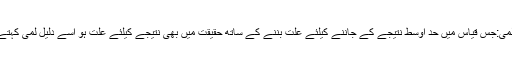
دلیل لمی:جس قیاس میں حدِ اوسط نتیجے کے جاننے کیلئے علت بننے کے ساتھ حقیقت میں بھی نتیجے کیلئے علت ہو اسے دلیل لمی کہتے ہیں۔